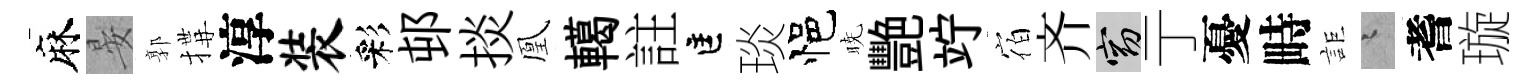
麻晏郭搆淳装彩邨掞凰轕註匡琰悒暁艷竚宿齐窈亍憂畤詎迢耆璇